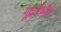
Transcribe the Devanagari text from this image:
गूढगंभीर